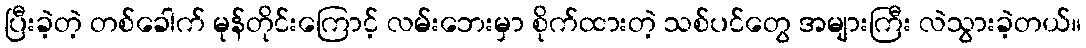
ပြီးခဲ့တဲ့ တစ်ခေါက် မုန်တိုင်းကြောင့် လမ်းဘေးမှာ စိုက်ထားတဲ့ သစ်ပင်တွေ အများကြီး လဲသွားခဲ့တယ်။